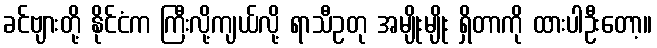
ခင်ဗျားတို့ နိုင်ငံက ကြီးလို့ကျယ်လို့ ရာသီဥတု အမျိုးမျိုး ရှိတာကို ထားပါဦးတော့။